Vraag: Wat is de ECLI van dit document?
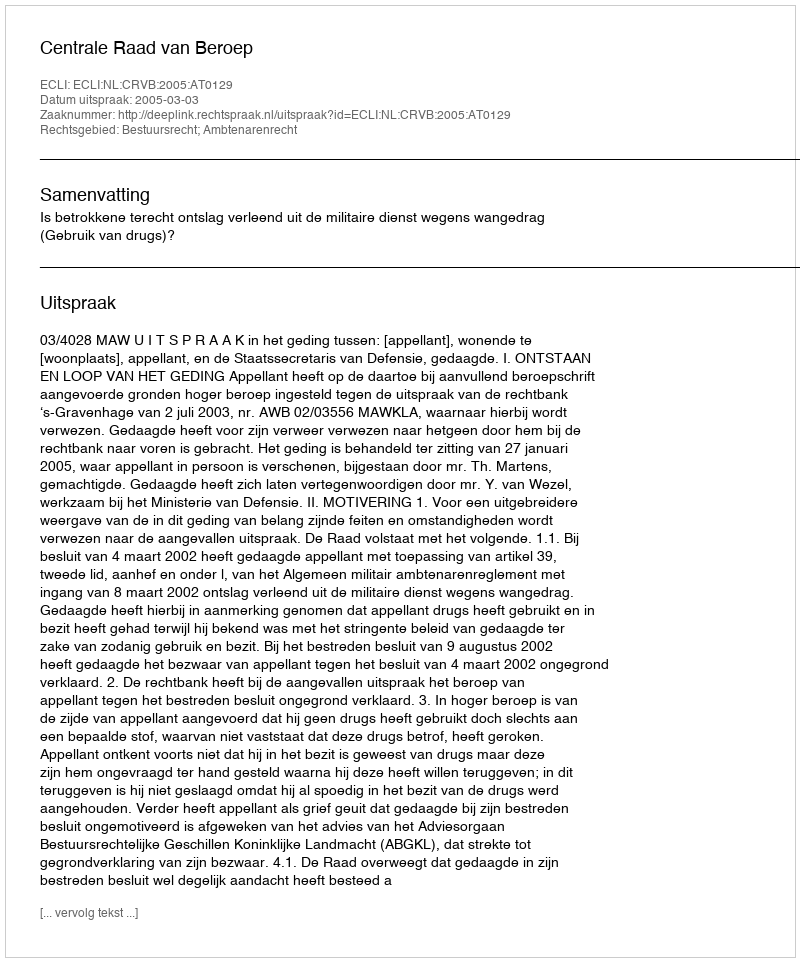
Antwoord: ECLI:NL:CRVB:2005:AT0129